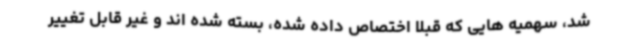
شد، سهمیه هایی که قبلا اختصاص داده شده، بسته شده اند و غیر قابل تغییر